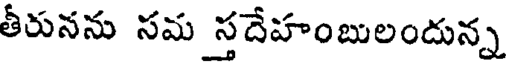
తీరునను సమ స్తదేహంబులందున్న